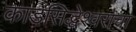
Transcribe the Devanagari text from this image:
काडसिद्धेश्वराचा